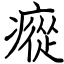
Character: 瘲